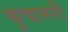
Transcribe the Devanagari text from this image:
कुचामनी